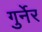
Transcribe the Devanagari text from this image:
गुर्नेर